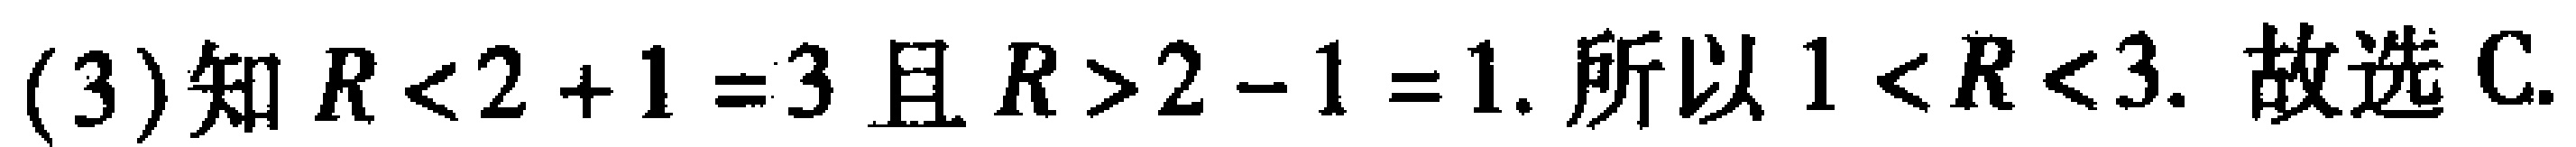
(3)知 \(R<2 + 1 = 3\) 且 \(R>2 - 1 = 1\). 所以 \(1<R<3\). 故选 C.